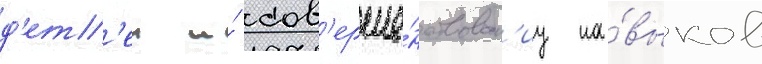
д'ет'еи и́ сов'ерше́нствован'иу на́выков